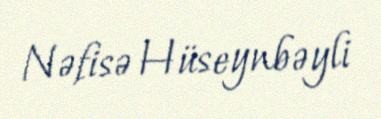
Nəfisə Hüseynbəyli